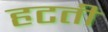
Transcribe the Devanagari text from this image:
हटतीं